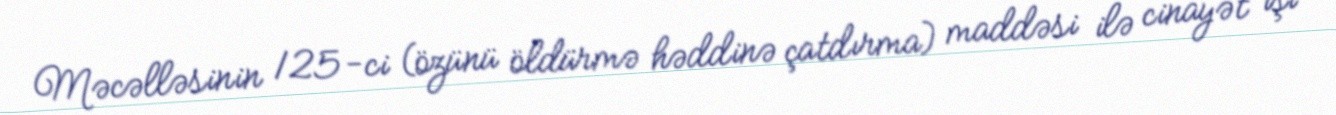
Məcəlləsinin 125-ci (özünü öldürmə həddinə çatdırma) maddəsi ilə cinayət işi